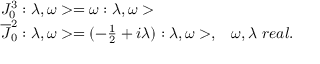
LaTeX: \begin{array} { l l } { { J _ { 0 } ^ { 3 } : \lambda , \omega > = \omega : \lambda , \omega > } } & { { } } \\ { { \overline { { { J } } } _ { 0 } ^ { 2 } : \lambda , \omega > = ( - \frac { 1 } { 2 } + i \lambda ) : \lambda , \omega > , } } & { { \omega , \lambda \ r e a l . } } \end{array}